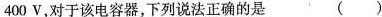
400V，对于该电容器，下列说法正确的是 ( )